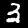
Digit: 3